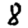
Digit: 8